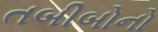
તબીબોનો